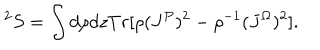
^ 2 S = \int d \rho d z T r [ \rho ( J ^ { P } ) ^ { 2 } - \rho ^ { - 1 } ( J ^ { \Omega } ) ^ { 2 } ] .